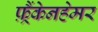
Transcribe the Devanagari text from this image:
फ़्रैंकेनहेमर